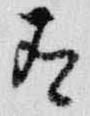
有